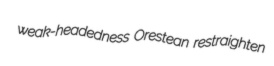
weak-headedness Orestean restraighten